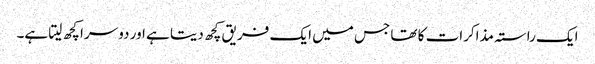
ایک راستہ مذاکرات کا تھا جس میں ایک فریق کچھ دیتا ہے اور دوسرا کچھ لیتا ہے۔